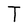
Character: T